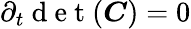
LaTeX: \partial_{t}\mathrm{~d~e~t~}(\boldsymbol{C})=0